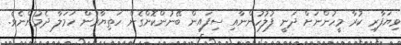
ވިޔަފާރި ކުރާ މީހުންނަށް ދަނީ ފުލުހުންނާއި ސިފައިން ބޭނުންކޮށްގެން ހަތިޔާރުން ހަމަލާ ދެމުންނެވެ.